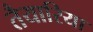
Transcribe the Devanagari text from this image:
तैयारिया